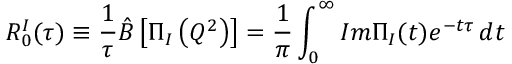
{ \cal R } _ { 0 } ^ { I } ( \tau ) \equiv \frac { 1 } { \tau } \hat { B } \left[ \Pi _ { I } \left( Q ^ { 2 } \right) \right] = \frac { 1 } { \pi } \int _ { 0 } ^ { \infty } I m \Pi _ { I } ( t ) e ^ { - t \tau } \, d t